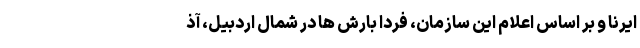
ایرنا و بر اساس اعلام این سازمان، فردا بارش ها در شمال اردبیل، آذ